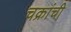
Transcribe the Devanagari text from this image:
चक्रांची